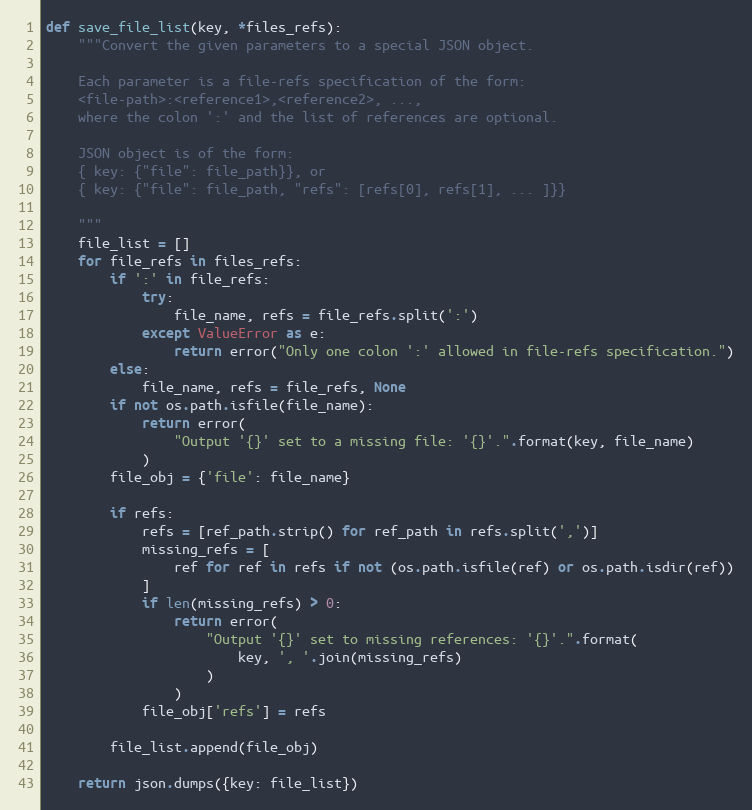
Language: Python
def save_file_list(key, *files_refs):
    """Convert the given parameters to a special JSON object.

    Each parameter is a file-refs specification of the form:
    <file-path>:<reference1>,<reference2>, ...,
    where the colon ':' and the list of references are optional.

    JSON object is of the form:
    { key: {"file": file_path}}, or
    { key: {"file": file_path, "refs": [refs[0], refs[1], ... ]}}

    """
    file_list = []
    for file_refs in files_refs:
        if ':' in file_refs:
            try:
                file_name, refs = file_refs.split(':')
            except ValueError as e:
                return error("Only one colon ':' allowed in file-refs specification.")
        else:
            file_name, refs = file_refs, None
        if not os.path.isfile(file_name):
            return error(
                "Output '{}' set to a missing file: '{}'.".format(key, file_name)
            )
        file_obj = {'file': file_name}

        if refs:
            refs = [ref_path.strip() for ref_path in refs.split(',')]
            missing_refs = [
                ref for ref in refs if not (os.path.isfile(ref) or os.path.isdir(ref))
            ]
            if len(missing_refs) > 0:
                return error(
                    "Output '{}' set to missing references: '{}'.".format(
                        key, ', '.join(missing_refs)
                    )
                )
            file_obj['refs'] = refs

        file_list.append(file_obj)

    return json.dumps({key: file_list})